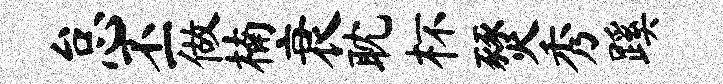
怠丕做楠衰耽杯燹秀蹊